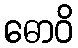
ဓောဝိ